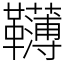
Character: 𩍿